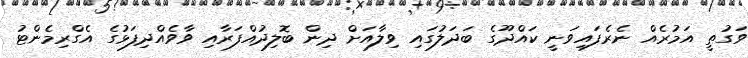
ވަގުތީ އަމުރެއް ނެރެފައިވަނީ ކައްދޫގެ ބަދަލުގައި ވިލާއަށް ދިން ބޮލިދުއްފަރާއި ވާވެއްދިފަޅުގެ އެގްރިމެންޓު